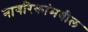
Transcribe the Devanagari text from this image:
नागरिकांमधील